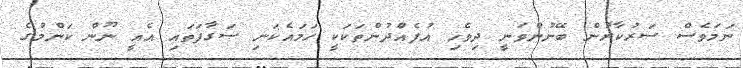
ނަމަވެސް ސަރުކާރުން ބޭނުންވަނީ ދިވެހި އުފެއްދުންތަކަކީ ހަމައެކަނި ސަގާފަތައި އެއީ ނޫން ކަންމުގެ